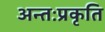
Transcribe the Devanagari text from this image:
अन्तःप्रकृति